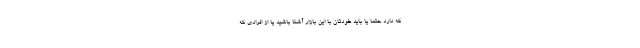
که دارد حتما یا باید خودتان با این بازار آشنا باشید یا از افرادی که